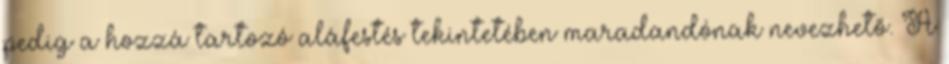
pedig a hozzá tartozó aláfestés tekintetében maradandónak nevezhető. A